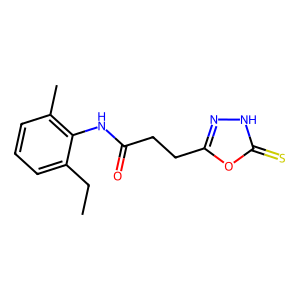
SMILES: CCc1cccc(C)c1NC(=O)CCc1n[nH]c(=S)o1
Inhibits HIV replication: No